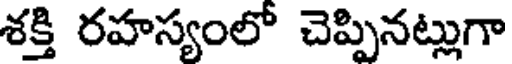
శక్తి రహస్యంలో చెప్పినట్లుగా